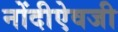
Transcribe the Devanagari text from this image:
नोंदीऐवजी